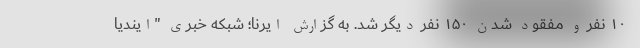
۱۰ نفر و مفقود شدن ۱۵۰ نفر دیگر شد. به گزارش ایرنا؛ شبکه خبری "ایندیا